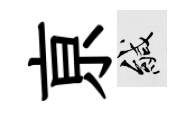
亰緘